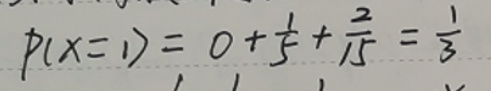
\[
P(X = 1)=0+\frac{1}{5}+\frac{2}{15}=\frac{1}{3}
\]